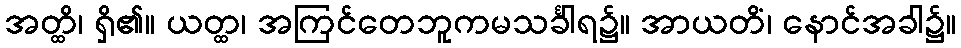
အတ္ထိ၊ ရှိ၏။ ယတ္ထ၊ အကြင်တေဘူကမသင်္ခါရ၌။ အာယတိံ၊ နောင်အခါ၌။